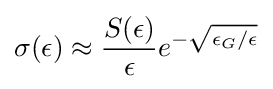
\sigma (\epsilon )\approx {\frac {S(\epsilon )}{\epsilon }}e^{-{\sqrt {\epsilon _{G}/\epsilon }}}